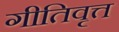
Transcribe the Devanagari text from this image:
गीतिवृत्त